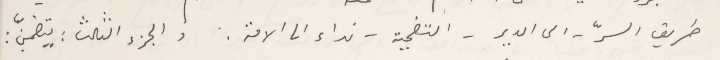
طريق السرّ – الى الدير – التضحية –نداء الى الامة. والجزء الثالث : يتضمنّ :